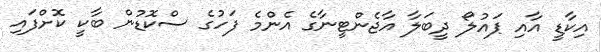
އިކާޑީ އާއި ޕައުލޯ ދީބަލާ އާޖެންޓީނާގެ އެންމެ ފަހުގެ ސްކޮޑުން ބާކީ ކޮށްފައި